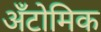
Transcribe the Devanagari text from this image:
अँटोमिक